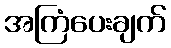
အကြံပေးချက်